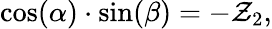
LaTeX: \cos(\alpha)\cdot\sin(\beta)=-\mathcal{Z}_{2},